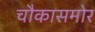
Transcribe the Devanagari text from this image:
चौकासमोर